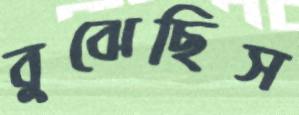
বুঝেছিস